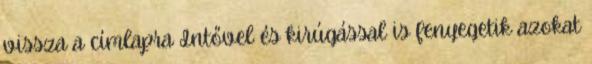
vissza a címlapra Intővel és kirúgással is fenyegetik azokat